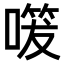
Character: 𭊔